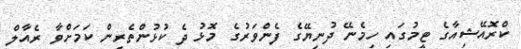
ކްރޮއޭޝިއާގެ ޓީމުގައި ހިމެނޭ ދުނިޔޭގެ ފެންވަރުގެ މޮޅު ދެ ކުޅުންތެރިން ކަމަށްވާ ރެއާލް